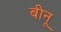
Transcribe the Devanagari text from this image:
बीनू